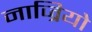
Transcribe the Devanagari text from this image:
नाज्रियो